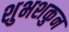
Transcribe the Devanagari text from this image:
शुभशकुन